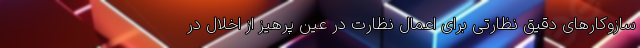
سازوکار‌های دقیق نظارتی برای اعمال نظارت در عین پرهیز از اخلال در